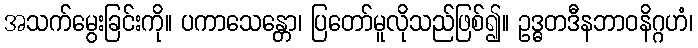
အသက်မွေးခြင်းကို။ ပကာသေန္တော၊ ပြတော်မူလိုသည်ဖြစ်၍။ ဥဒ္ဓတဒီနဘာဝနိဂ္ဂဟံ၊